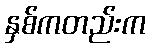
နှစ်ကတည်းက